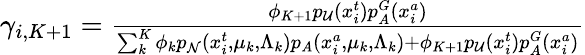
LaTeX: \begin{array}{r}{\gamma_{i,K+1}=\frac{\phi_{K+1}p_{\mathcal{U}}(x_{i}^{t})p_{A}^{G}(x_{i}^{a})}{\sum_{k}^{K}\phi_{k}p_{\mathcal N}(x_{i}^{t},\mu_{k},\Lambda_{k})p_{A}(x_{i}^{a},\mu_{k},\Lambda_{k})+\phi_{K+1}p_{\mathcal{U}}(x_{i}^{t})p_{A}^{G}(x_{i}^{a})}}\end{array}